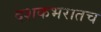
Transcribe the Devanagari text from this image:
दशकभरातच